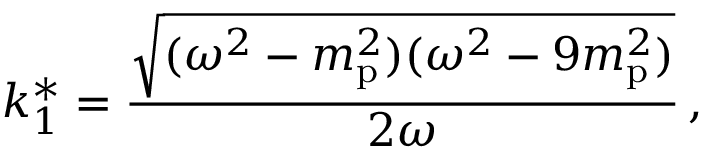
k _ { 1 } ^ { * } = { \frac { \sqrt { ( \omega ^ { 2 } - m _ { \mathrm { p } } ^ { 2 } ) ( \omega ^ { 2 } - 9 m _ { \mathrm { p } } ^ { 2 } ) } } { 2 \omega } } \, ,